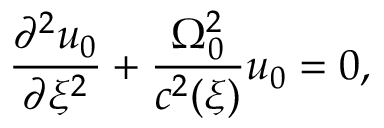
\frac { \partial ^ { 2 } u _ { 0 } } { \partial \xi ^ { 2 } } + \frac { \Omega _ { 0 } ^ { 2 } } { c ^ { 2 } ( \xi ) } u _ { 0 } = 0 ,